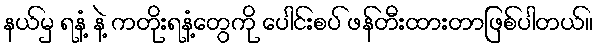
နယ်မှ ရနံ့ နဲ့ ကတိုးရနံ့တွေကို ပေါင်းစပ် ဖန်တီးထားတာဖြစ်ပါတယ်။